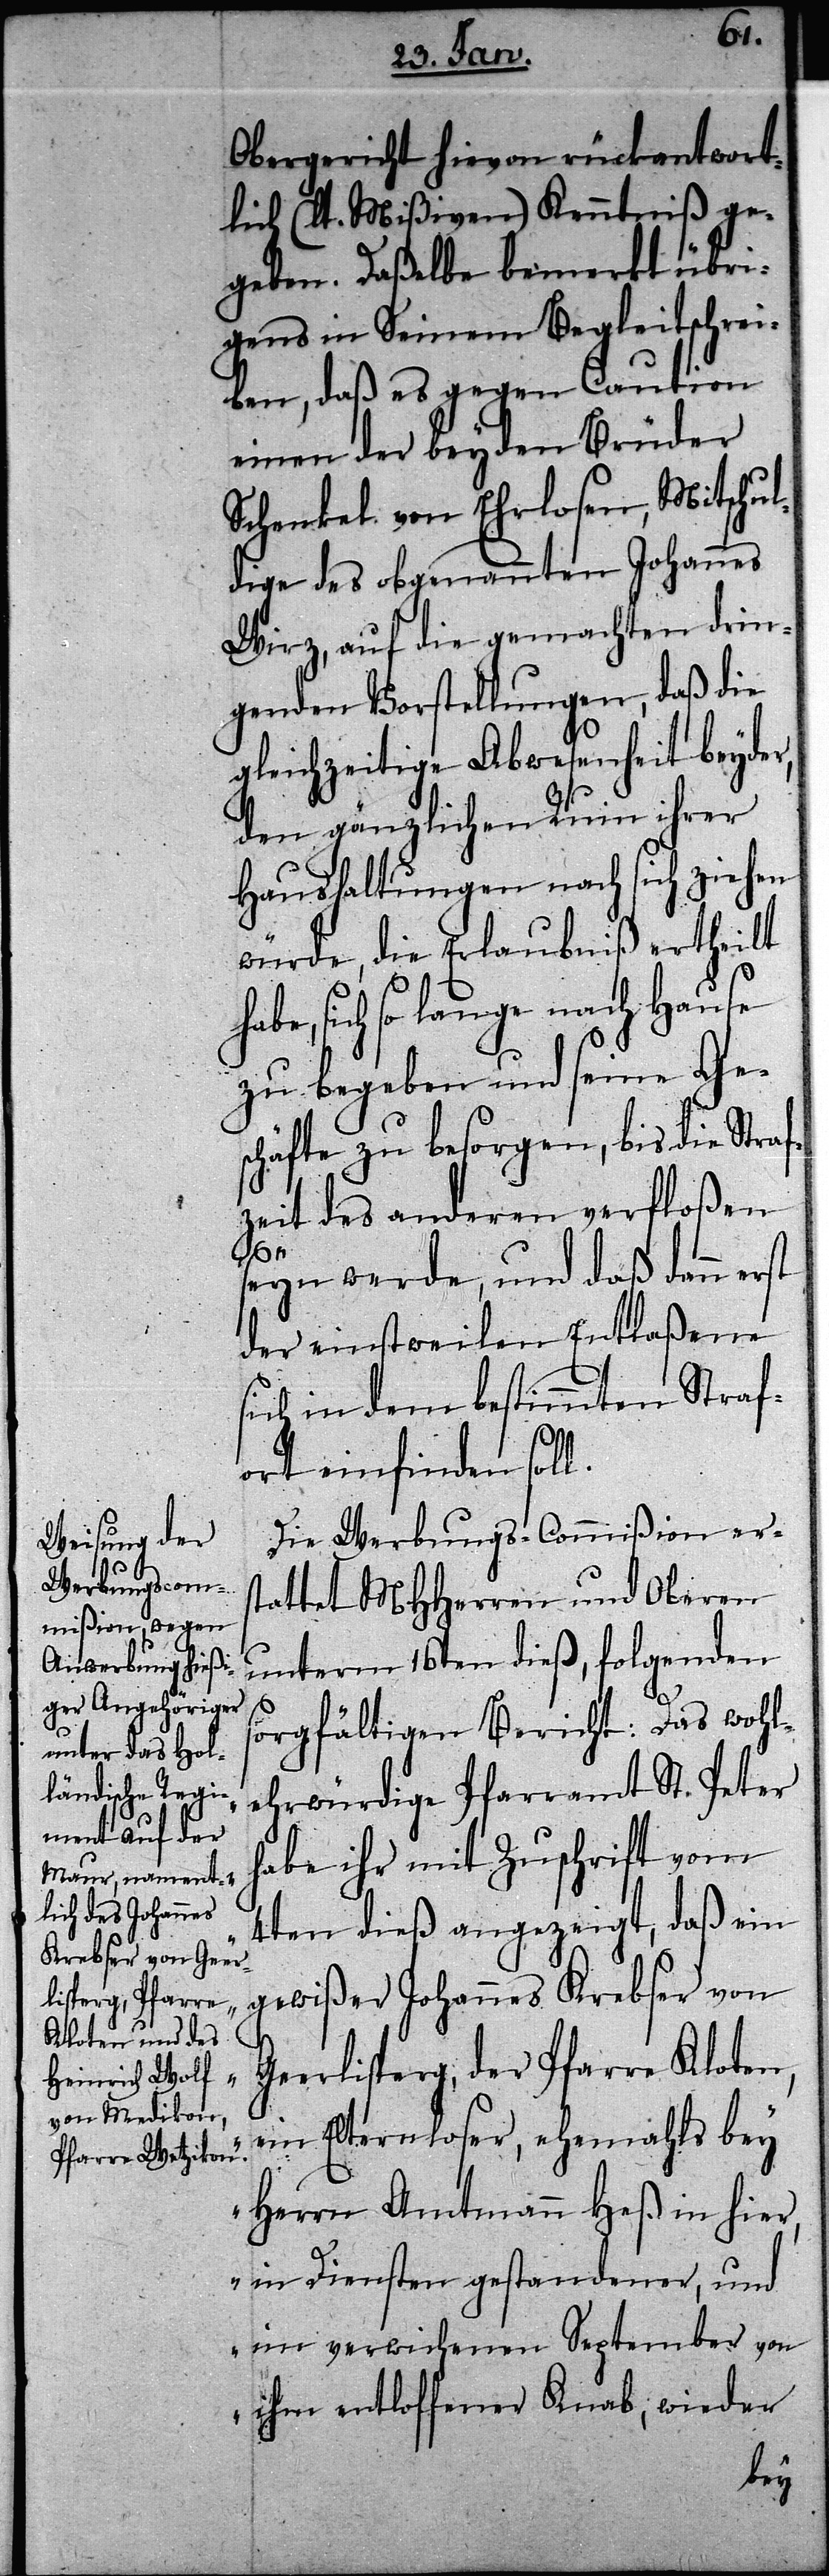
s¬
Obergericht hievon rückantwort¬
lich (lt. Mißiven) Kenntniß ge¬
geben. Daßelbe bemerkt übri¬
gens in Seinem Begleitschrei¬
ben, daß es gegen Caution
einen der beyden Brüder
Schenkel von Ehrlosen, Mitschul¬
dige des obgenannten Johannes
Wirz, auf die gemachten drin¬
genden Vorstellungen, daß die
gleichzeitige Abwesenheit beyder,
den gänzlichen Ruin ihrer
Haushaltungen nach sich ziehen
würde, die Erlaubniß ertheilt
habe, sich so lange nach Hause
zu begeben und seine Ges¬
chäfte zu besorgen, bis die Straf¬
zeit des anderen verfloßen
seyn werde, und daß dann erst
der einstweilen Entlaßene
sich in dem bestimmten Straf¬
ort einfinden soll.
Die Werbungs-Commißion ers¬
tattet MHHerren und Oberen
unterm 16ten dieß, folgenden
orgfältigen Bericht: [„]Das wohl¬
ehrwürdige Pfarramt St. Peter
habe ihr mit Zuschrift vom
4ten dieß angezeigt, daß ein
gewißer Johannes Krebser von
Geerlisperg, der Pfarre Kloten,
ein Elternloser, ehemahls bey
Herrn Amtmann Heß in hier,
in Diensten gestandener, und
im verwichenen September von
ihm entloffener Knab, wieder